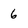
Character: 6